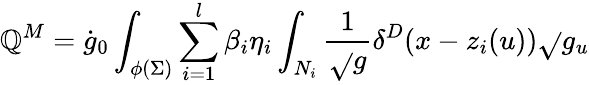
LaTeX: \mathbb{Q}^{M}=\dot{{g}}_{0}\int_{\phi(\Sigma)}\sum_{i=1}^{l}\beta_{i}\eta_{i}\int_{N_{i}}\frac{1}{{\sqrt{}{{g}}}}\delta^{D}(x-z_{i}(u))\sqrt{}{{g_{u}}}